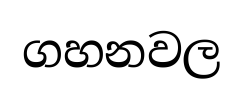
ගහනවල